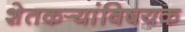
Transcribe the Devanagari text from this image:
शेतकर्‍यांविषयक